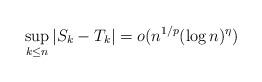
LaTeX: \begin{align*}\sup_{k \leq n} |S_k-T_k| = o (n^{1/p} (\log n)^{\eta}) \end{align*}